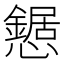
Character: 𢤹